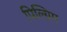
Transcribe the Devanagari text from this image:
पिल्ग्रिम